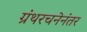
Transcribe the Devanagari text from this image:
ग्रंथरचनेनंतर